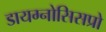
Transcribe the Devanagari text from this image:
डायग्नोसिसप्रो